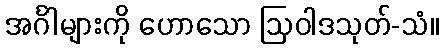
အင်္ဂါများကို ဟောသော ဩဝါဒသုတ်-သံ။